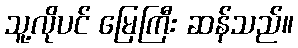
သူ့လိုပင် မြေကြီး ဆန်သည်။